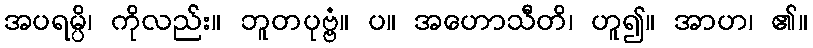
အပရမ္ပိ၊ ကိုလည်း။ ဘူတပုဗ္ဗံ။ ပ။ အဟောသီတိ၊ ဟူ၍။ အာဟ၊ ၏။